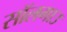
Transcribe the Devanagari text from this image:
सॉलगाउ